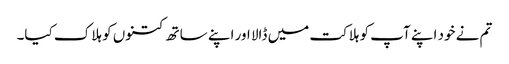
تم نے خود اپنے آپ کو ہلاکت میں ڈالا اور اپنے ساتھ کتنوں کو ہلاک کیا۔